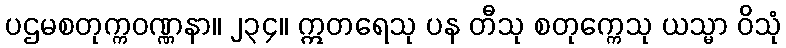
ပဌမစတုက္ကဝဏ္ဏနာ။ ၂၃၄။ ဣတရေသု ပန တီသု စတုက္ကေသု ယသ္မာ ဝိသုံ